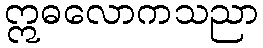
ဣဓလောကသညာ